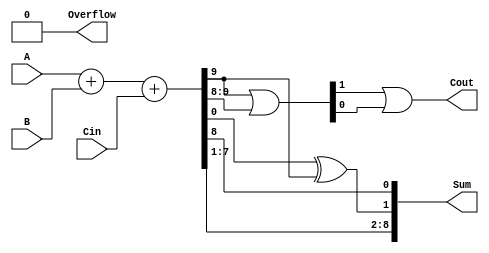
module CarrySkipAdder (
    input [7:0] A, B,
    input Cin,
    output [8:0] Sum,
    output Cout,
    output Overflow
);

wire [7:0] G, P;
wire [6:0] Skip;
wire [1:0] CarryOut;

assign {G, P} = A + B + Cin;
assign Skip = {G[6], G[4], G[2], G[0]};

assign Sum[0] = G[0];
assign Sum[1] = P[0] ^ G[1];
assign Sum[2] = P[1] ^ G[2];
assign Sum[3] = P[2] ^ G[3];
assign Sum[4] = P[3] ^ G[4];
assign Sum[5] = P[4] ^ G[5];
assign Sum[6] = P[5] ^ G[6];
assign Sum[7] = P[6] ^ G[7];
assign Sum[8] = P[7];

assign {CarryOut[1], CarryOut[0]} = {G[7], G[6]} | {G[6], G[5]} | {G[5], G[4]} | {G[4], G[3]} | {G[3], G[2]} | {G[2], G[1]} | {G[1], G[0]};

assign Cout = CarryOut[1] | CarryOut[0];
assign Overflow = Cout & ~Cout;

endmodule